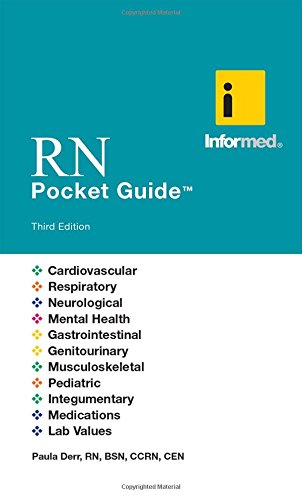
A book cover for RN Pocket Guide; Paula Derr; Medical Books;